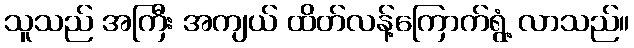
သူသည် အကြီး အကျယ် ထိတ်လန့်ကြောက်ရွံ့ လာသည်။